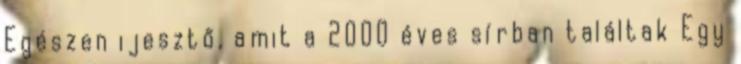
Egészen ijesztő, amit a 2000 éves sírban találtak Egy